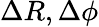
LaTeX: \Delta R,\Delta\phi